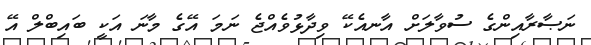
ނަޞާރާއިންގެ ސުވާލަށް އާނއެކޭ ވިދާޅުވެއްޖެ ނަމަ އޭގެ މާނަ އަކީ ބައިބްލް އޭ